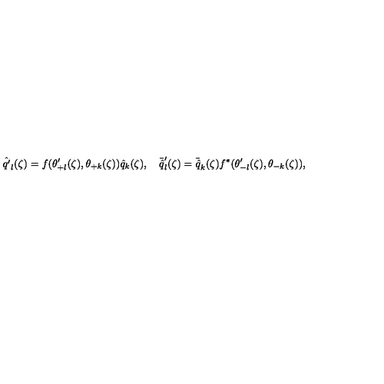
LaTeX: { \hat { q ^ { \prime } } } _ { l } ( \zeta ) = f ( \theta _ { + l } ^ { \prime } ( \zeta ) , \theta _ { + k } ( \zeta ) ) { \hat { q } } _ { k } ( \zeta ) , \quad { \bar { \hat { q } } } _ { l } ^ { \prime } ( \zeta ) = { \bar { \hat { q } } } _ { k } ( \zeta ) f ^ { * } ( \theta _ { - l } ^ { \prime } ( \zeta ) , \theta _ { - k } ( \zeta ) ) ,